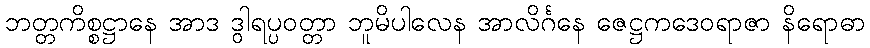
ဘတ္တကိစ္စဋ္ဌာနေ အာဒ ဒွါရပ္ပဝတ္တာ ဘူမိပါလေန အာလိင်္ဂနေ ဇေဋ္ဌကဒေဝရာဇာ နိရောဓာ